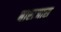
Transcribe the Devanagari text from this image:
बाराजास